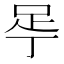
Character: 𬻚